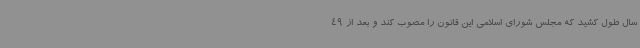
سال طول کشید که مجلس شورای اسلامی این قانون را مصوب کند و بعد از 49